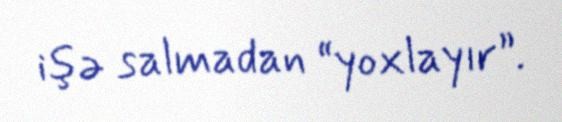
işə salmadan “yoxlayır”.